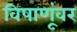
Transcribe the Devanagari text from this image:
विषाणूंवर